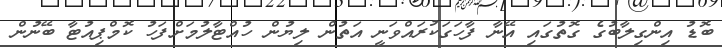
ބޮޑު އިންގިލާބުގެ ގޮތުގައި އޭނާ ފާހަގަކުރައްވަނީ އަތުން ލިޔުން ހުއްޓާލުމަށްފަހު ކޮމްޕިއުޓާ ބޭނުން